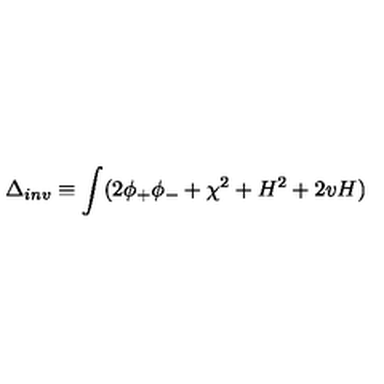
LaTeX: \Delta _ { i n v } \equiv \int ( 2 \phi _ { + } \phi _ { - } + \chi ^ { 2 } + H ^ { 2 } + 2 v H )